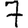
Digit: 7